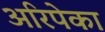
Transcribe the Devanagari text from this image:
अरिपेका